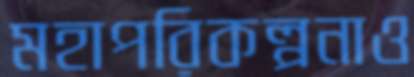
মহাপরিকল্পনাও